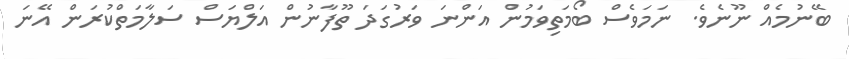
ބޭނުމެއް ނޫނެވެ. ނަމަވެސް ބޯމަތިވަމުން އަންނަ ވަރުގަދަ ތޫފާނުން އަލްޔަސް ސަލާމަތްކުރަން އޭނަ